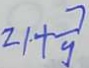
2 1 + \frac { 7 } { y }